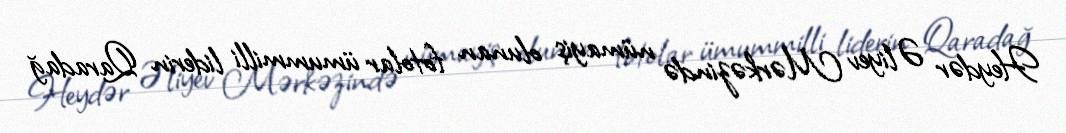
Heydər Əliyev Mərkəzində nümayiş olunan fotolar ümummilli liderin Qaradağ